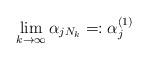
LaTeX: \begin{align*} \lim_{k\to\infty}\alpha_{jN_k}=:\alpha_j^{(1)}\end{align*}